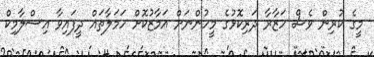
މީގެ ކުރިން ވެސް ހަޒާރާ ދަރިކޮޅުގެ މީހުންނަށް އަމާޒުކޮށް ހަމަލާތައް ދީފައިވާ އިސްލާމިކް